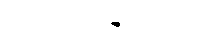
လှုပ်ရှားစေနိုင်သည်။